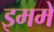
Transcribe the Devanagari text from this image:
इममें